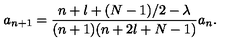
a _ { n + 1 } = \frac { n + l + ( N - 1 ) / 2 - \lambda } { ( n + 1 ) ( n + 2 l + N - 1 ) } a _ { n } .